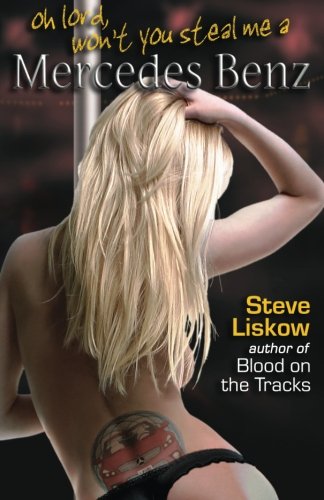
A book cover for Oh Lord, Won't You Steal Me a Mercedes Benz ("Woody" Guthrie) (Volume 2); Steve Liskow; Mystery, Thriller & Suspense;